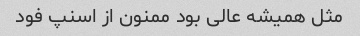
مثل همیشه عالی بود ممنون از اسنپ فود